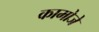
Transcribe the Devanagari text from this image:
कामोजे